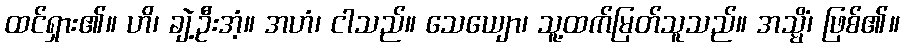
ထင်ရှား၏။ ဟိ၊ ချဲ့ဦးအံ့။ အဟံ၊ ငါသည်။ သေယျော၊ သူ့ထက်မြတ်သူသည်။ အသ္မိံ၊ ဖြစ်၏။